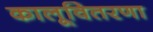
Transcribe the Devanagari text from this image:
कालूवितरणा